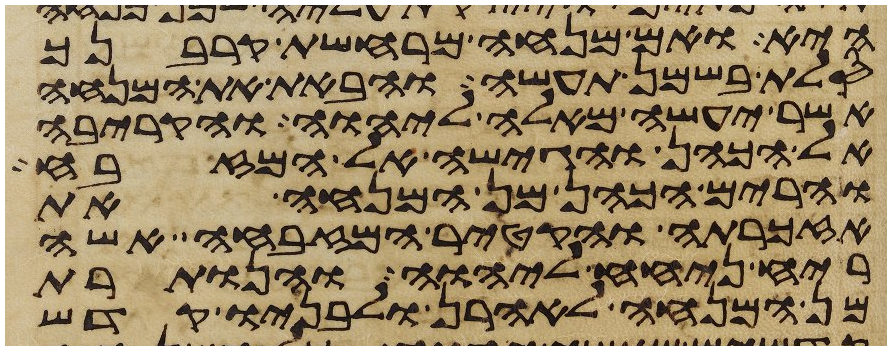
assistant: היא ואם מנחה מרחשת קרבנך
סלת בשמן תעשה והבאת את המנחה
אשר יעשה מאלה ליהוה והקריבה
אל הכהן והגישה אל המזבח
והרים הכהן מן המנחה את
אזכרתה והקטיר המזבחה אשה
ריח ניחח ליהוה והנותרת
מן המנחה לאהרן ולבניו קדש